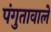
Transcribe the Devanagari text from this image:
पंगुतावाले